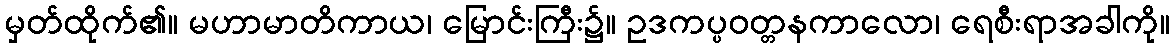
မှတ်ထိုက်၏။ မဟာမာတိကာယ၊ မြောင်းကြီး၌။ ဥဒကပ္ပဝတ္တနကာလော၊ ရေစီးရာအခါကို။